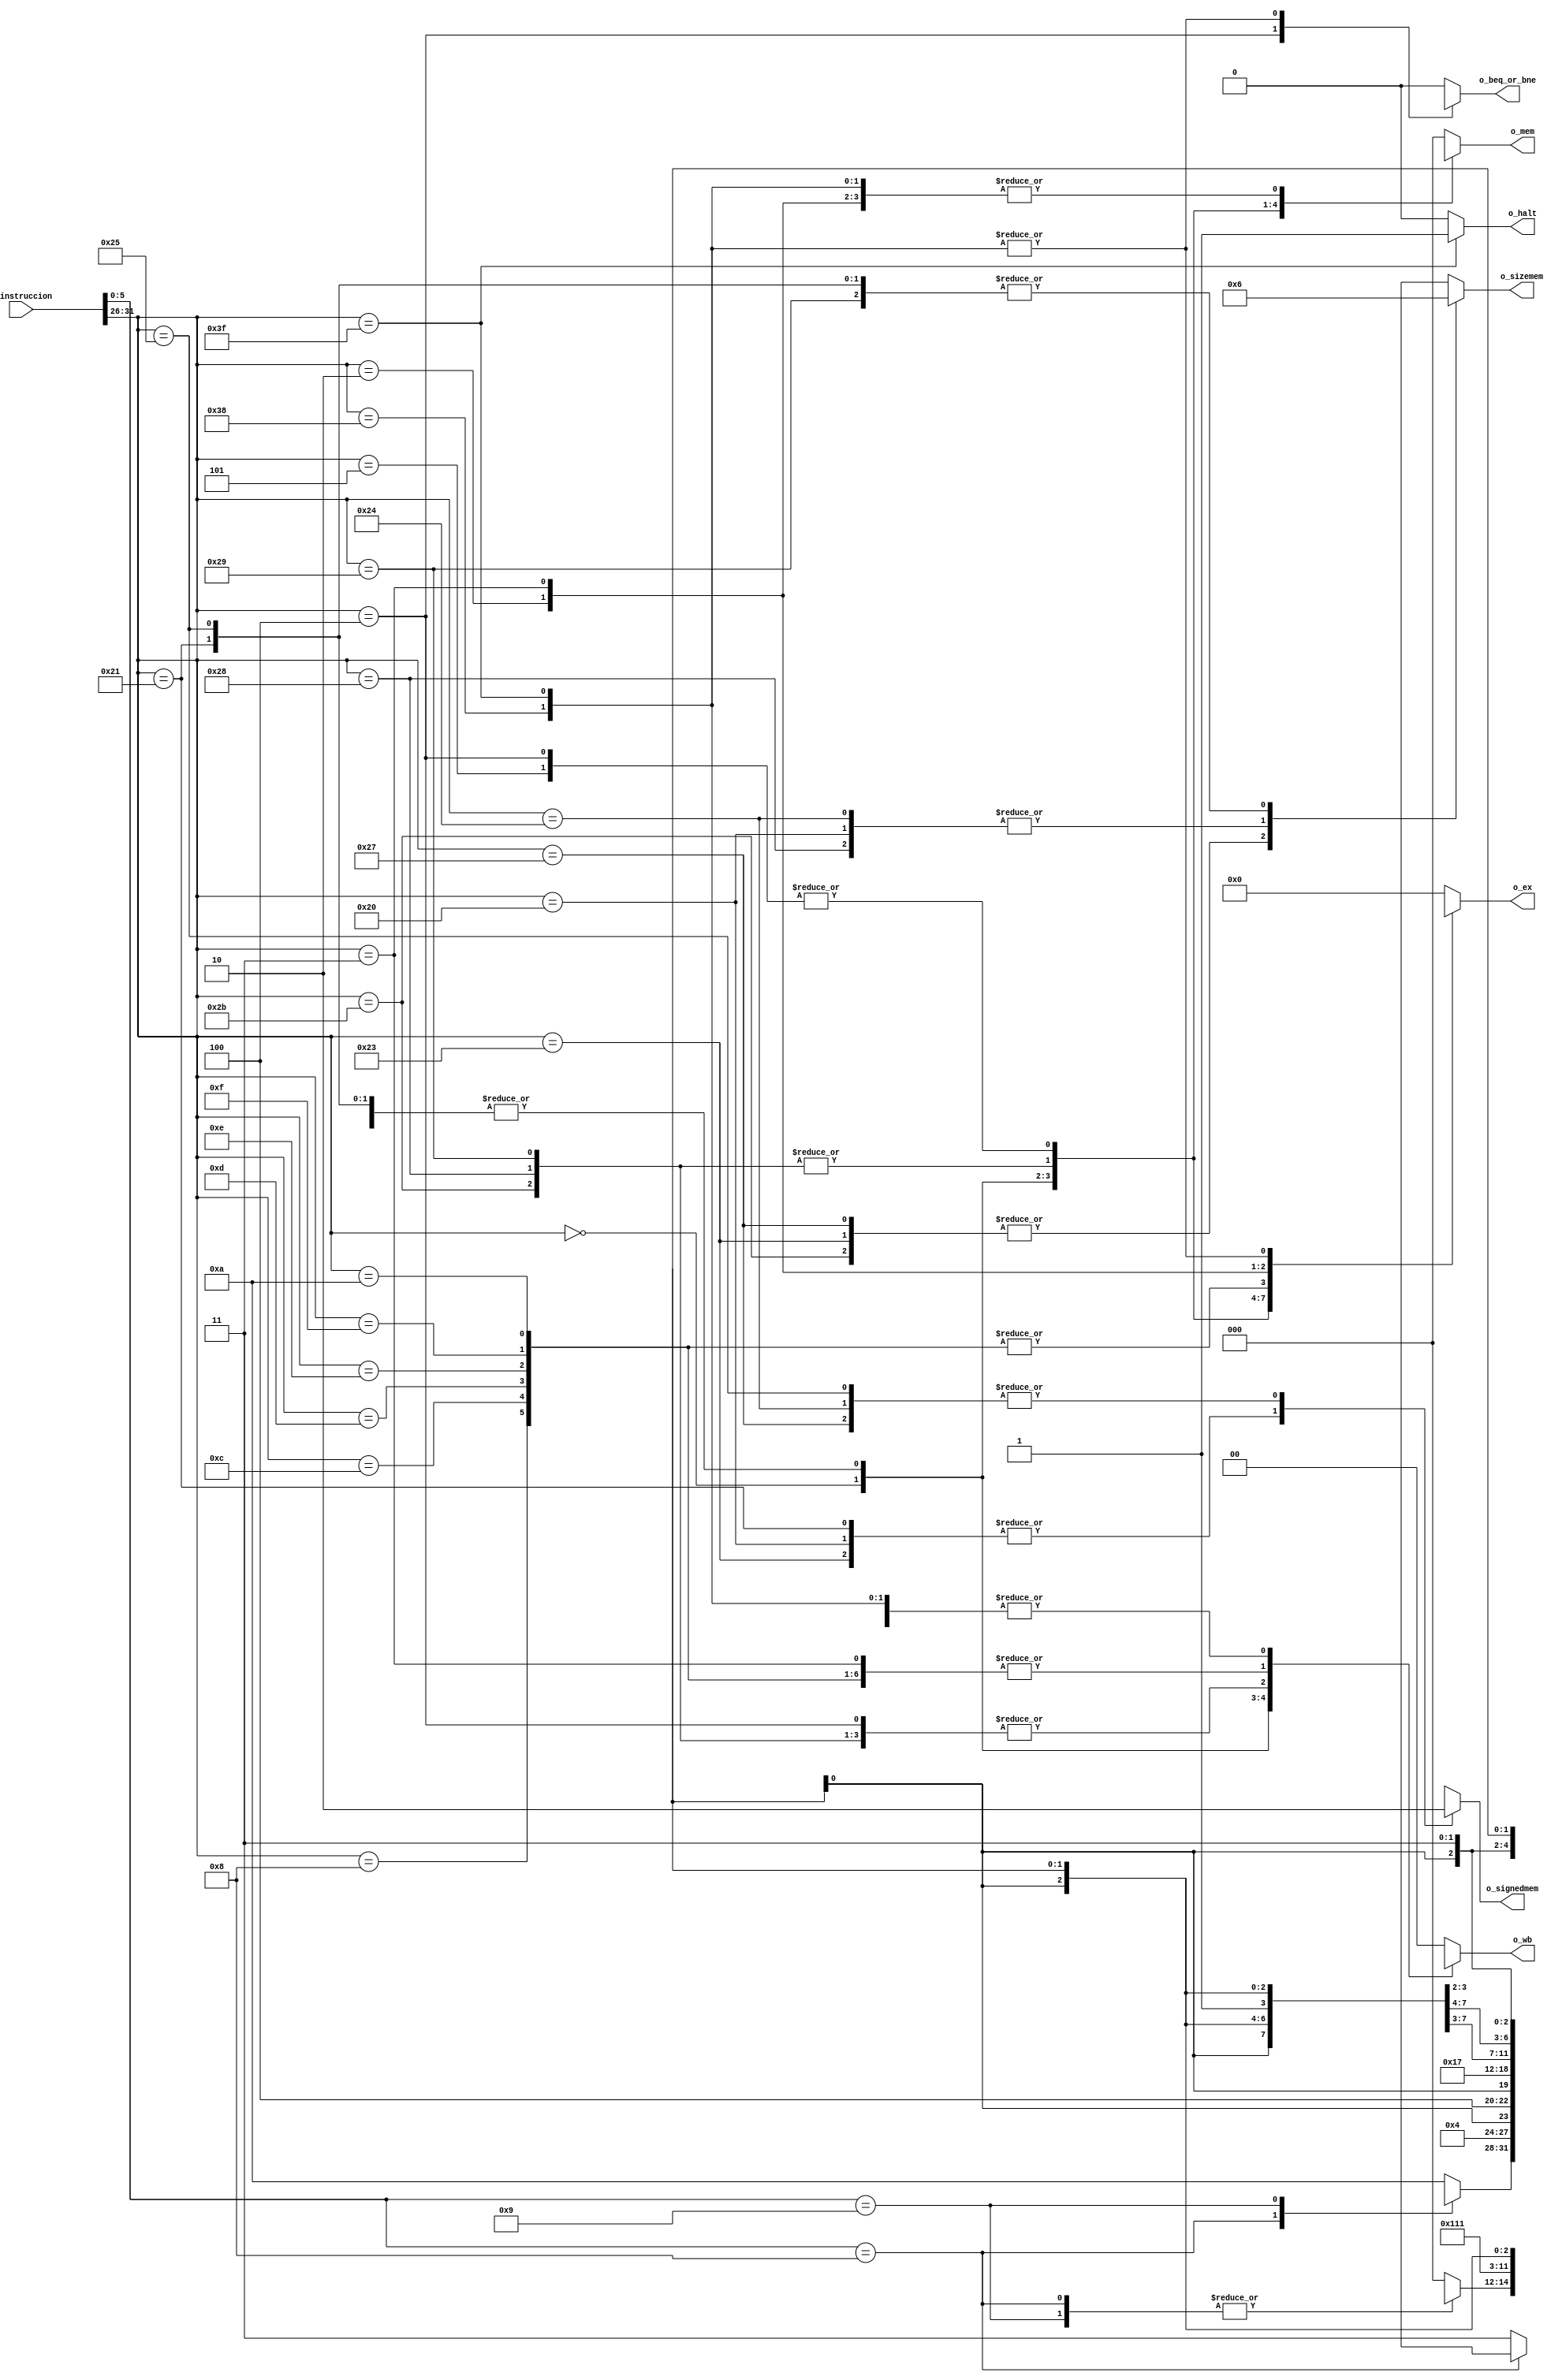
`timescale 1ns / 1ps
//////////////////////////////////////////////////////////////////////////////////
// Company: UNC FCEFyN
// 
// Design Name: 
// Module Name: CONTROL_PRINCIPAL
// Project Name: MIPS
// Target Devices: 
// Tool Versions: 
// Description: 
// 
// Dependencies: 
// 
// Revision:
// Revision 0.01 - File Created
// Additional Comments:
// 
//////////////////////////////////////////////////////////////////////////////////


module CONTROL_PRINCIPAL
    #(  //PARAMETERS
        parameter DATA_WIDTH    = 32,
        parameter SIZEOP        = 6
    )
    (   //INPUTS
        input   [DATA_WIDTH - 1:0]  i_instruccion,
        //OUTPUTS
        output  [3:0]               o_ex,
        output  [2:0]               o_mem,
        output  [1:0]               o_wb,
        output  [1:0]               o_sizemem,
        output                      o_signedmem,
        output                      o_beq_or_bne,
        output                      o_halt
    );

    //OPERATIONS
    //R-TYPE
    localparam [SIZEOP - 1:0]     R_TYPE    = 6'b000000;
    //I-TYPE
    localparam [SIZEOP - 1:0]     LW        = 6'b100011;
    localparam [SIZEOP - 1:0]     LWU       = 6'b100111;
    localparam [SIZEOP - 1:0]     LB        = 6'b100000;
    localparam [SIZEOP - 1:0]     LBU       = 6'b100100;
    localparam [SIZEOP - 1:0]     LH        = 6'b100001;
    localparam [SIZEOP - 1:0]     LHU       = 6'b100101;
    localparam [SIZEOP - 1:0]     SW        = 6'b101011;
    localparam [SIZEOP - 1:0]     SB        = 6'b101000;
    localparam [SIZEOP - 1:0]     SH        = 6'b101001;
    localparam [SIZEOP - 1:0]     BEQ       = 6'b000100;
    localparam [SIZEOP - 1:0]     BNE       = 6'b000101;
    localparam [SIZEOP - 1:0]     ADDI      = 6'b001000;
    localparam [SIZEOP - 1:0]     ANDI      = 6'b001100;
    localparam [SIZEOP - 1:0]     ORI       = 6'b001101;
    localparam [SIZEOP - 1:0]     XORI      = 6'b001110;
    localparam [SIZEOP - 1:0]     LUI       = 6'b001111;
    localparam [SIZEOP - 1:0]     SLTI      = 6'b001010;
    localparam [SIZEOP - 1:0]     J         = 6'b000010;
    localparam [SIZEOP - 1:0]     JAL       = 6'b000011;
    // J-TYPE
    localparam [SIZEOP - 1:0]     JR        = 6'b001000;
    localparam [SIZEOP - 1:0]     JALR      = 6'b001001;
    //NOP y HALT
    localparam [SIZEOP - 1:0]     NOP       = 6'b111000;
    localparam [SIZEOP - 1:0]     HALT      = 6'b111111;

    reg [SIZEOP - 1:0]  opcode;
    reg [3:0]           ex;
    reg [2:0]           mem;
    reg [1:0]           wb;
    reg [1:0]           sizemem;
    reg                 signedmem;
    reg                 beq_or_bne;
    reg                 halt;
    reg [SIZEOP - 1:0]  funct;
    
    assign o_ex         = ex;
    assign o_mem        = mem;
    assign o_wb         = wb;
    assign o_sizemem    = sizemem;
    assign o_signedmem  = signedmem;
    assign o_beq_or_bne = beq_or_bne;
    assign o_halt       = halt;

    always @(*) begin
        opcode  = i_instruccion[31:26];
        funct   = i_instruccion[5:0];
        case (opcode)
            R_TYPE: begin
                case(funct)
                    JR: begin
                        ex          = 4'bxxxx;
                        mem         = 3'bxxx;
                        wb          = 2'bxx;
                        sizemem     = 2'bxx;
                        signedmem   = 1'bx;
                        beq_or_bne  = 1'b0;
                        halt        = 1'b0;
                    end
                    JALR: begin
                        ex          = 4'b1xxx;
                        mem         = 3'bxxx;
                        wb          = 2'b11;
                        sizemem     = 2'bxx;
                        signedmem   = 1'bx;
                        beq_or_bne  = 1'b0;
                        halt        = 1'b0;
                    end
                    default: begin
                        ex          = 4'b1010;
                        mem         = 3'b000;
                        wb          = 2'b11;
                        sizemem     = 2'bxx;
                        signedmem   = 1'bx;
                        beq_or_bne  = 1'b0;
                        halt        = 1'b0;
                    end
                endcase
            end
            LW: begin
                ex          = 4'b0100;
                mem         = 3'b100;
                wb          = 2'b10;
                sizemem     = 2'b00;
                signedmem   = 1'b1;
                beq_or_bne  = 1'b0;
                halt        = 1'b0;
            end
            LWU: begin
                ex          = 4'b0100;
                mem         = 3'b100;
                wb          = 2'b10;
                sizemem     = 2'b00;
                signedmem   = 1'b0;
                beq_or_bne  = 1'b0;
                halt        = 1'b0;
            end
            LB: begin
                ex          = 4'b0100;
                mem         = 3'b100;
                wb          = 2'b10;
                sizemem     = 2'b01;
                signedmem   = 1'b1;
                beq_or_bne  = 1'b0;
                halt        = 1'b0;
            end
            LBU: begin
                ex          = 4'b0100;
                mem         = 3'b100;
                wb          = 2'b10;
                sizemem     = 2'b01;
                signedmem   = 1'b0;
                beq_or_bne  = 1'b0;
                halt        = 1'b0;
            end
            LH: begin
                ex          = 4'b0100;
                mem         = 3'b100;
                wb          = 2'b10;
                sizemem     = 2'b10;
                signedmem   = 1'b1;
                beq_or_bne  = 1'b0;
                halt        = 1'b0;
            end
            LHU: begin
                ex          = 4'b0100;
                mem         = 3'b100;
                wb          = 2'b10;
                sizemem     = 2'b10;
                signedmem   = 1'b0;
                beq_or_bne  = 1'b0;
                halt        = 1'b0;
            end
            SW: begin
                ex          = 4'bx100;
                mem         = 3'b010;
                wb          = 2'b0x;
                sizemem     = 2'b00;
                signedmem   = 1'bx;
                beq_or_bne  = 1'b0;
                halt        = 1'b0;
            end
            SB: begin
                ex          = 4'bx100;
                mem         = 3'b010;
                wb          = 2'b0x;
                sizemem     = 2'b01;
                signedmem   = 1'bx;
                beq_or_bne  = 1'b0;
                halt        = 1'b0;
            end
            SH: begin
                ex          = 4'bx100;
                mem         = 3'b010;
                wb          = 2'b0x;
                sizemem     = 2'b10;
                signedmem   = 1'bx;
                beq_or_bne  = 1'b0;
                halt        = 1'b0;
            end
            BEQ: begin
                ex          = 4'bx001;
                mem         = 3'b001;
                wb          = 2'b0x;
                sizemem     = 2'bxx;
                signedmem   = 1'bx;
                beq_or_bne  = 1'b1;
                halt        = 1'b0;
            end
            BNE: begin
                ex          = 4'bx001;
                mem         = 3'b001;
                wb          = 2'b0x;
                sizemem     = 2'bxx;
                signedmem   = 1'bx;
                beq_or_bne  = 1'b0;
                halt        = 1'b0;
            end
            ADDI: begin
                ex          = 4'b0111;
                mem         = 3'b000;
                wb          = 2'b11;
                sizemem     = 2'bxx;
                signedmem   = 1'bx;
                beq_or_bne  = 1'b0;
                halt        = 1'b0;
            end
            ANDI: begin
                ex          = 4'b0111;
                mem         = 3'b000;
                wb          = 2'b11;
                sizemem     = 2'bxx;
                signedmem   = 1'bx;
                beq_or_bne  = 1'b0;
                halt        = 1'b0;
            end
            ORI: begin
                ex          = 4'b0111;
                mem         = 3'b000;
                wb          = 2'b11;
                sizemem     = 2'bxx;
                signedmem   = 1'bx;
                beq_or_bne  = 1'b0;
                halt        = 1'b0;
            end
            XORI: begin
                ex          = 4'b0111;
                mem         = 3'b000;
                wb          = 2'b11;
                sizemem     = 2'bxx;
                signedmem   = 1'bx;
                beq_or_bne  = 1'b0;
                halt        = 1'b0;
            end
            LUI: begin
                ex          = 4'b0111;
                mem         = 3'b000;
                wb          = 2'b11;
                sizemem     = 2'bxx;
                signedmem   = 1'bx;
                beq_or_bne  = 1'b0;
                halt        = 1'b0;
            end
            SLTI: begin
                ex          = 4'b0111;
                mem         = 3'b000;
                wb          = 2'b11;
                sizemem     = 2'bxx;
                signedmem   = 1'bx;
                beq_or_bne  = 1'b0;
                halt        = 1'b0;
            end
            J: begin
                ex          = 4'bxxxx;
                mem         = 3'bxxx;
                wb          = 2'bxx;
                sizemem     = 2'bxx;
                signedmem   = 1'bx;
                beq_or_bne  = 1'b0;
                halt        = 1'b0;
            end
           
            JAL: begin
                ex          = 4'b1xxx;
                mem         = 3'bxxx;
                wb          = 2'b11;
                sizemem     = 2'bxx;
                signedmem   = 1'bx;
                beq_or_bne  = 1'b0;
                halt        = 1'b0;
            end
            NOP: begin
                ex          = 4'bxx11;
                mem         = 3'bxxx;
                wb          = 2'bxx;
                sizemem     = 2'bxx;
                signedmem   = 1'bx;
                beq_or_bne  = 1'bx;
                halt        = 1'b0;
            end
            HALT: begin
                ex          = 4'bxx11;
                mem         = 3'bxx;
                wb          = 2'bxx;
                sizemem     = 2'bxx;
                signedmem   = 1'bx;
                beq_or_bne  = 1'bx;
                halt        = 1'b1;
            end
            default: begin
                ex          = 4'b0000;
                mem         = 3'b000;
                wb          = 2'b00;
                sizemem     = 2'bxx;
                signedmem   = 1'bx;
                beq_or_bne  = 1'b0;
                halt        = 1'b0;
            end
        endcase
    end
endmodule